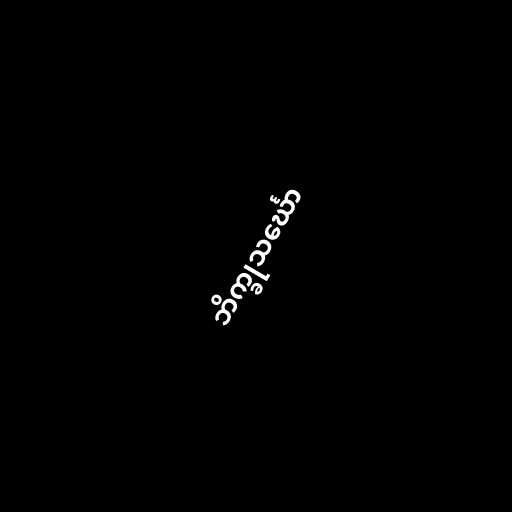
ဘိက္ခုသင်္ဃော